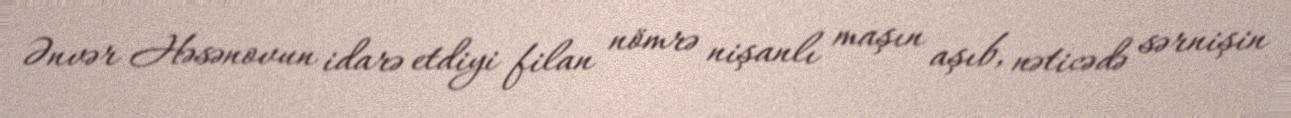
Ənvər Həsənovun idarə etdiyi filan nömrə nişanlı maşın aşıb, nəticədə sərnişin